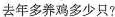
去年多养鸡多少只?